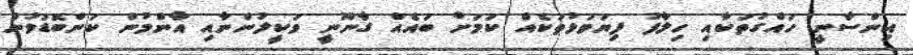
އިންސާނީ ހައްގުތަކާއި ހިލާފު ފިޔަވަޅުތަކެއް ކަަމަށް ބައެއް ގާނޫނީ ވަކީލުންނާއި އާންމުން ކަންބޮޑުވުން